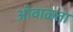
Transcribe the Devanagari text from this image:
ओवाळता